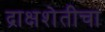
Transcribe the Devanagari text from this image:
द्राक्षशेतीचा